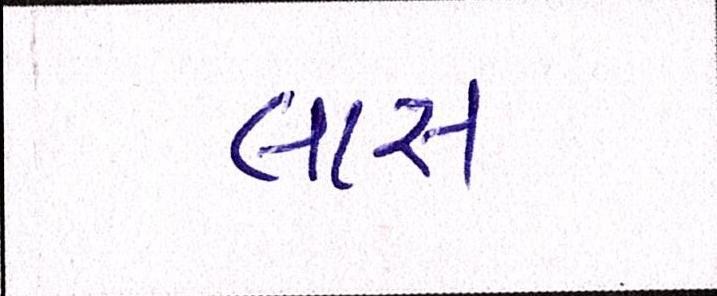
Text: લાસ